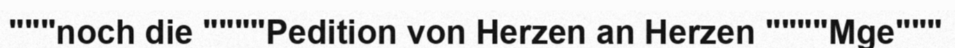
"""noch die """"Pedition von Herzen an Herzen """"Mge"""